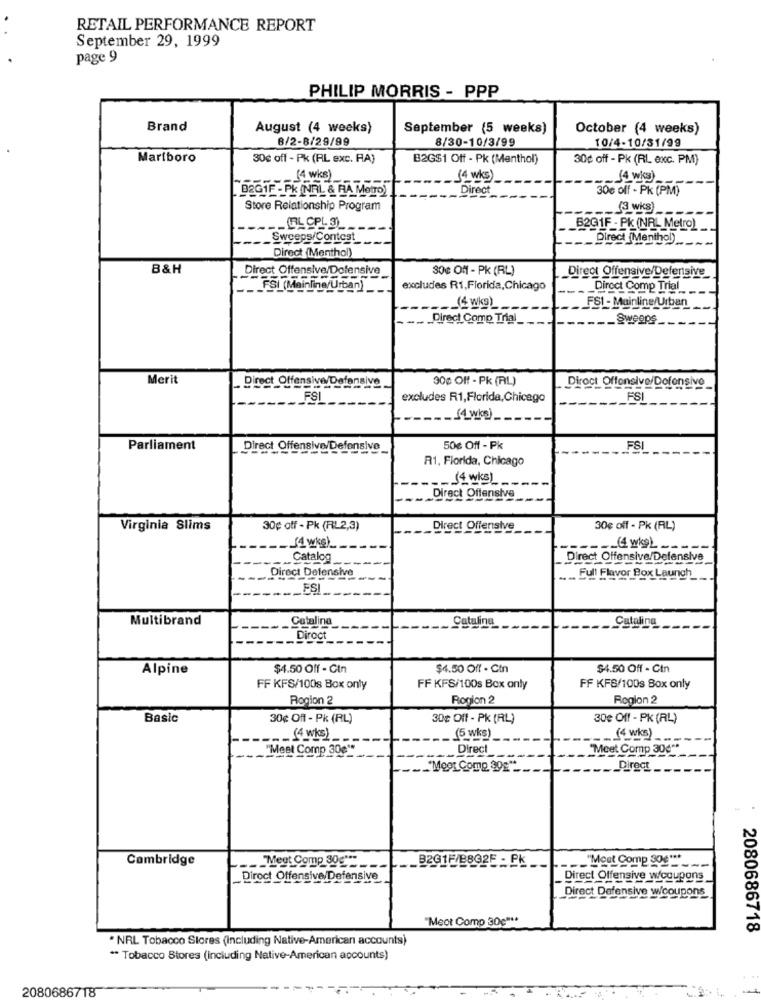
RETAIL PERFORMANCE REPORT
September 29, 1999
page 9
PHILIP MORRIS - PPP
Brand
August (4 weeks)
September (5 weeks)
October (4 weeks)
8/2-8/29/99
8/30-10/3/99
10/4-10/31/99
Marlboro
30¢ off - Pk (RL exc. RA)
B2G$1 Off - Pk (Menthol)
30¢ off - Pk (RL exc. PM)
(4 wks)
(4 wKs)
(4 wka)
9291F - PK (NRL & RA Metro)
Direct
30€ off - PK (PM)
Store Relationship Program
(3 wks)
B201F - PK (NR. Metro)
Sweeps/Contest
Direct (Menthol)
Direct (Menthol)
B&H
Direct Offensive/Dofensive
30€ Off - PK (RL)
Direot Offensive/Defensive
FSI (Mainline/Urban)_
excludes R1,Florida,Chicago
Direct Comp Trial
(4Wk9)
FS1 - Muinline/Urban
Direct Comp Trial_
Sweeps _
Merit
300 Off - Pk (RL)
Direct Offensive/Defensive
Diroct Offensive/Dofensivo
FSI
excludes R1,Florida,Chicago
FSI
Parliament
Direct Offensive/Defensive
50€ Off - Pk
FSI
R1. Florida, Chicago
14 wKs)
. Direct Offensive
Virginia Slims
30¢ off - Pk (RL2,3)
Direct Offensive
30€ off - Pk (RL)
„Catalog
Direct Offensive/Defensive
Direct Defensive
.... Full Flavor Box Laungh
FSI
Multibrand
Catalina
Catalina
Catalina
Direct
Alpine
$4.50 Off - Gin
$4.50 Off - Cin
$4.50 Off - Cin
FF KFS/100s Box only
FF KFS/100s Box only
FF KFS/100s Box only
Rogion 2
Rogion 2
Region 2
Basic
30¢ Off - Pk (RL)
30¢ Off - PK (RL)
30e Off - PK (AL)
_ (4 wks)
(5 wks)
(4 wks)
"Meet Comp 30g
Direct
"Meet Comp 30€ **
"Moor Comp 998".
Direct
Cambridge
B201F/B802E - PK
"Moet Comp 30g ***
__ Megt Comp 30g ***
Direct Offensive/Defensive
_Direct Offensive wcoupons_
Direct Defensive wicoupons
"Meot Comp 30g ***
2080686718
. NRL Tobacco Stores (Including Native-American accounts)
** Tobacco Stores (Including Native-American accounts)
2080686718